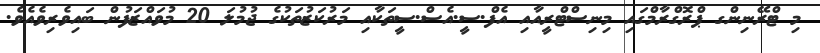
މި ޓްރޭނިންގ ޕްރޮގްރާމްގައި މިނިސްޓްރީއާއި އެފް.ސީ.އެސް.ސީތަކާއި މަރުކަޒުތަކުގެ ޖުމުލަ 20 މުވައްޒަފުން ބައިވެރިވެއެވެ.